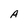
Character: A